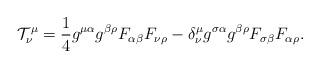
LaTeX: \begin{align*}{\cal T}^{\mu}_{\nu} = \frac{1}{4} g^{\mu \alpha} g^{\beta \rho}F_{\alpha \beta} F_{\nu \rho } - \delta^{\mu}_{\nu} g^{\sigma \alpha} g^{\beta\rho} F_{\sigma \beta} F_{\alpha \rho}.\end{align*}